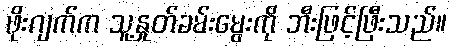
ဖိုးဂျက်က သူ့နှုတ်ခမ်းမွေးကို ဘီးဖြင့်ဖြီးသည်။